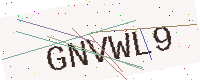
Text: GNVWL9